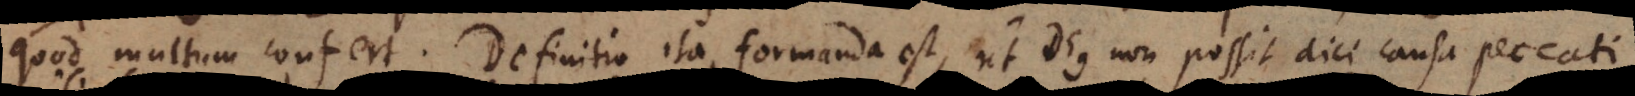
quod multum confert. Definitio ita formanda est, ut Deus non possit dici causa peccati